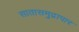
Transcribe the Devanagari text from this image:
सातासमुद्रापार